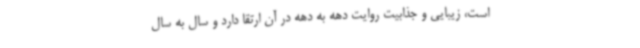
است، زیبایی و جذابیت روایت دهه به دهه در آن ارتقا دارد و سال به سال